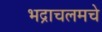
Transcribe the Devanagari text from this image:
भद्राचलमचे